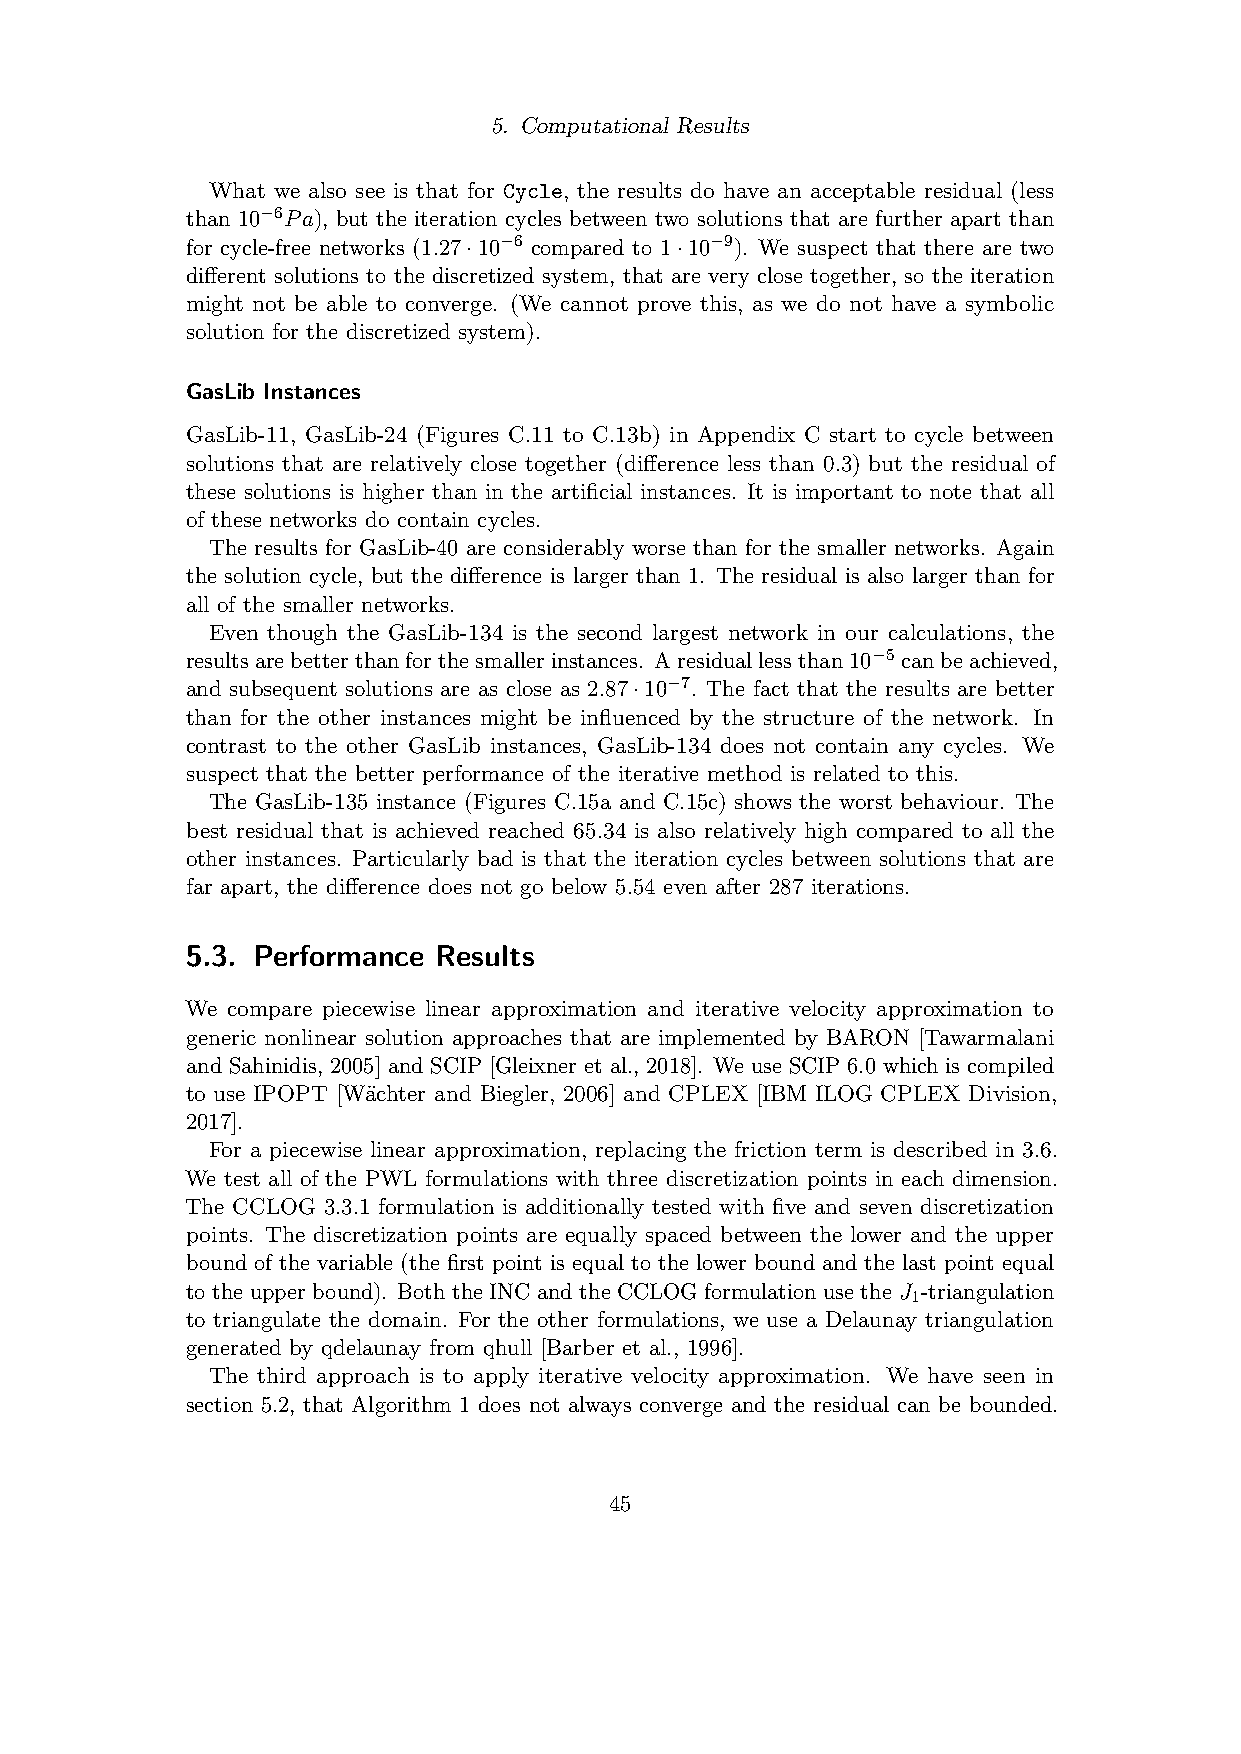
5. Computational Results
 What we also see is that for Cycle, the results do have an acceptable residual (less
 than 10−6Pa), but the iteration cycles between two solutions that are further apart than
 for cycle-free networks (1.27·10−6 compared to 1·10−9). We suspect that there are two
 different solutions to the discretized system, that are very close together, so the iteration
 might not be able to converge. (We cannot prove this, as we do not have a symbolic
 solution for the discretized system).
 GasLib Instances
 GasLib-11, GasLib-24 (Figures C.11 to C.13b) in Appendix C start to cycle between
 solutions that are relatively close together (difference less than 0.3) but the residual of
 these solutions is higher than in the artificial instances. It is important to note that all
 of these networks do contain cycles.
 The results for GasLib-40 are considerably worse than for the smaller networks. Again
 the solution cycle, but the difference is larger than 1. The residual is also larger than for
 all of the smaller networks.
 Even though the GasLib-134 is the second largest network in our calculations, the
 resultsarebetterthanforthesmallerinstances. Aresiduallessthan10−5 canbeachieved,
 and subsequent solutions are as close as 2.87·10−7. The fact that the results are better
 than for the other instances might be influenced by the structure of the network. In
 contrast to the other GasLib instances, GasLib-134 does not contain any cycles. We
 suspect that the better performance of the iterative method is related to this.
 The GasLib-135 instance (Figures C.15a and C.15c) shows the worst behaviour. The
 best residual that is achieved reached 65.34 is also relatively high compared to all the
 other instances. Particularly bad is that the iteration cycles between solutions that are
 far apart, the difference does not go below 5.54 even after 287 iterations.
 5.3. Performance Results
 We compare piecewise linear approximation and iterative velocity approximation to
 generic nonlinear solution approaches that are implemented by BARON [Tawarmalani
 and Sahinidis, 2005] and SCIP [Gleixner et al., 2018]. We use SCIP 6.0 which is compiled
 to use IPOPT [W¨achter and Biegler, 2006] and CPLEX [IBM ILOG CPLEX Division,
 2017].
 For a piecewise linear approximation, replacing the friction term is described in 3.6.
 We test all of the PWL formulations with three discretization points in each dimension.
 The CCLOG 3.3.1 formulation is additionally tested with five and seven discretization
 points. The discretization points are equally spaced between the lower and the upper
 bound of the variable (the first point is equal to the lower bound and the last point equal
 to the upper bound). Both the INC and the CCLOG formulation use the J -triangulation
 1
 to triangulate the domain. For the other formulations, we use a Delaunay triangulation
 generated by qdelaunay from qhull [Barber et al., 1996].
 The third approach is to apply iterative velocity approximation. We have seen in
 section 5.2, that Algorithm 1 does not always converge and the residual can be bounded.
 45